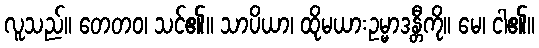
လူသည်။ တေတဝ၊ သင်၏။ သာပိယာ၊ ထိုမယားဥမ္မာဒန္တီကို။ မေ၊ ငါ၏။